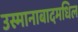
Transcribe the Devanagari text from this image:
उस्मानाबादमधिल